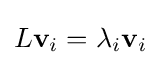
{\textstyle L\mathbf {v} _{i}=\lambda _{i}\mathbf {v} _{i}}